Vaccination in Bombay 1869-1873 - 1869-1873
Year: 1869
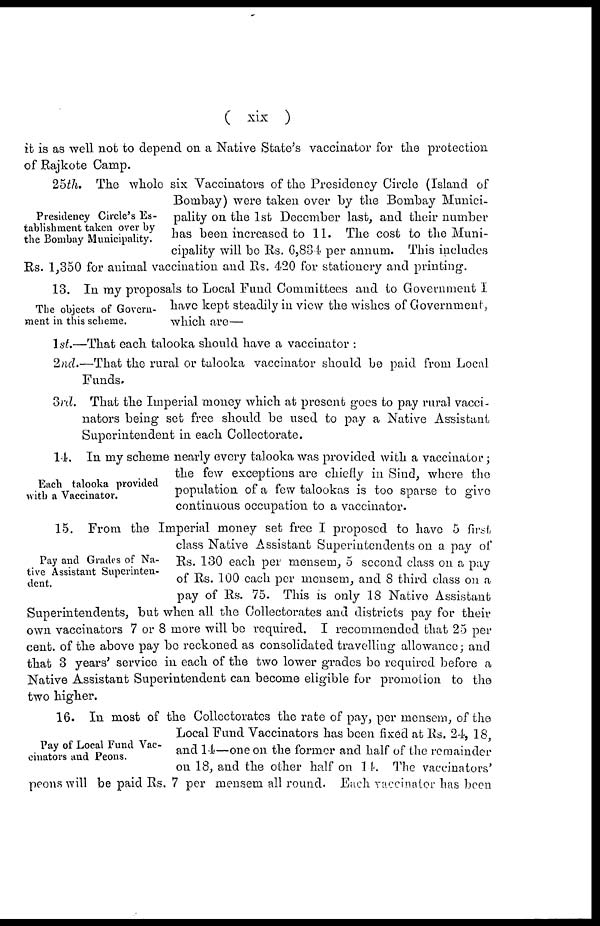
( xix )
it is as well not to depend on a Native State's vaccinator for the protection
of Rajkote Camp.
Presidency Circle's Es-
tablishment taken over by
the Bombay Municipality.
25th. The whole six Vaccinators of the Presidency Circle (Island of
Bombay) were taken over by the Bombay Munici-
pality on the 1st December last, and their number
has been increased to 11. The cost to the Muni-
cipality will be Rs. 6,834 per annum. This includes
Rs. 1,350 for animal vaccination and Rs. 420 for stationery and printing.
The objects of Govern-
ment in this scheme.
13. In my proposals to Local Fund Committees and to Government I
have kept steadily in view the wishes of Government,
which are—
1 st.—That each talooka should have a vaccinator :
2nd.—That the rural or talooka vaccinator should be paid from Local
Funds.
3rd. That the Imperial money which at present goes to pay rural vacci-
nators being set free should be used to pay a Native Assistant
Superintendent in each Collectorate.
Each talooka provided
with a Vaccinator.
14. In my scheme nearly every talooka was provided with a vaccinator ;
the few exceptions are chiefly in Sind, where the
population of a few talookas is too sparse to give
continuous occupation to a vaccinator.
Pay and Grades of Na-
tive Assistant Superinten-
dent.
15. From the Imperial money set free I proposed to have 5 first
class Native Assistant Superintendents on a pay of
Rs. 130 each per mensem, 5 second class on a pay
of Rs. 100 each per mensem, and 8 third class on a
pay of Rs. 75. This is only 18 Native Assistant
Superintendents, but when all the Collectorates and districts pay for their
own vaccinators 7 or 8 more will be required. I recommended that 25 per
cent. of the above pay be reckoned as consolidated travelling allowance; and
that 3 years' service in each of the two lower grades be required before a
Native Assistant Superintendent can become eligible for promotion to the
two higher.
Pay of Local Fund Vac-
cinators and Peons.
16. In most of the Collectorates the rate of pay, per mensem, of the
Local Fund Vaccinators has been fixed at Rs. 24, 18,
and 14—one on the former and half of the remainder
on 18, and the other half on 14. The vaccinators'
peons will be paid Rs. 7 per mensem all round. Each vaccinator has been